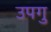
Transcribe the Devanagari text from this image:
उपगु